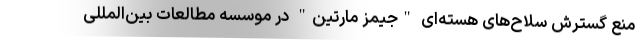
منع گسترش سلاح‌های هسته‌ای "جیمز مارتین" در موسسه مطالعات بین‌المللی